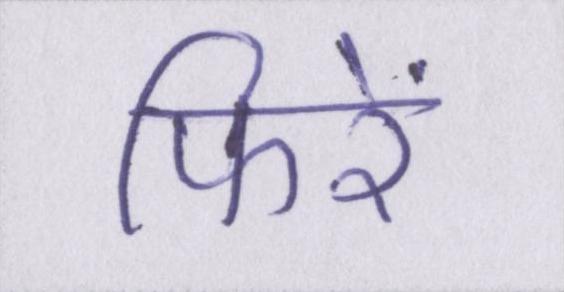
फिरें